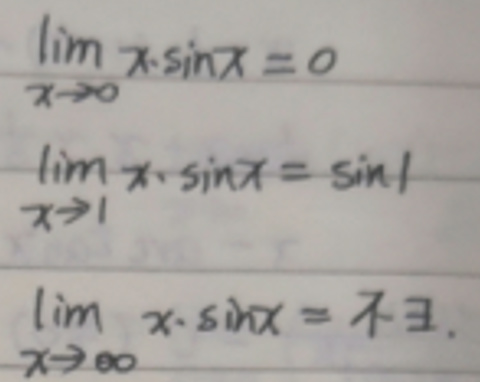
\begin{align*}
\lim_{x \to 0}x\cdot\sin x&=0\\
\lim_{x \to 1}x\cdot\sin x&=\sin 1\\
\lim_{x \to \infty}x\cdot\sin x&\neq 3
\end{align*}